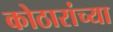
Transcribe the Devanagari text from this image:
कोठारांच्या